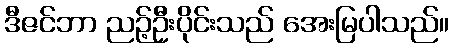
ဒီဇင်ဘာ ညဉ့်ဦးပိုင်းသည် အေးမြပါသည်။